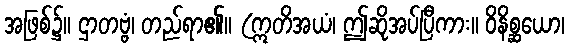
အဖြစ်၌။ ဌာတဗ္ဗံ၊ တည်ရာ၏။ (ဣတိအယံ၊ ဤဆိုအပ်ပြီကား။ ဝိနိစ္ဆယော၊